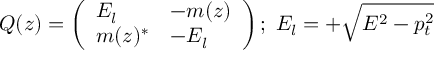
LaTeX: Q ( z ) = \left( \begin{array} { l l } { { E _ { l } } } & { { - m ( z ) } } \\ { { m ( z ) ^ { \ast } } } & { { - E _ { l } } } \end{array} \right) ; \; E _ { l } = + \sqrt { E ^ { 2 } - p _ { t } ^ { 2 } }